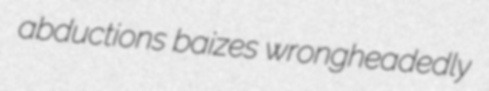
abductions baizes wrongheadedly